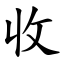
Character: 收